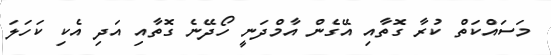
މަސައްކަތް ކުރާ ގޮތާއި އޭގެން އާމްދަނީ ހޯދޭނެ ގޮތާއި އަދި އެކި ކަހަލަ